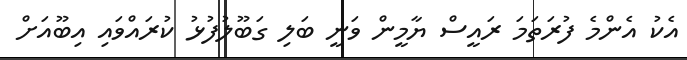
އެކު އެންމެ ފުރަތަމަ ރައީސް ޔާމީން ވަނީ ބަލި ގަބޫލުފުޅު ކުރައްވައި އިބޫއަށް